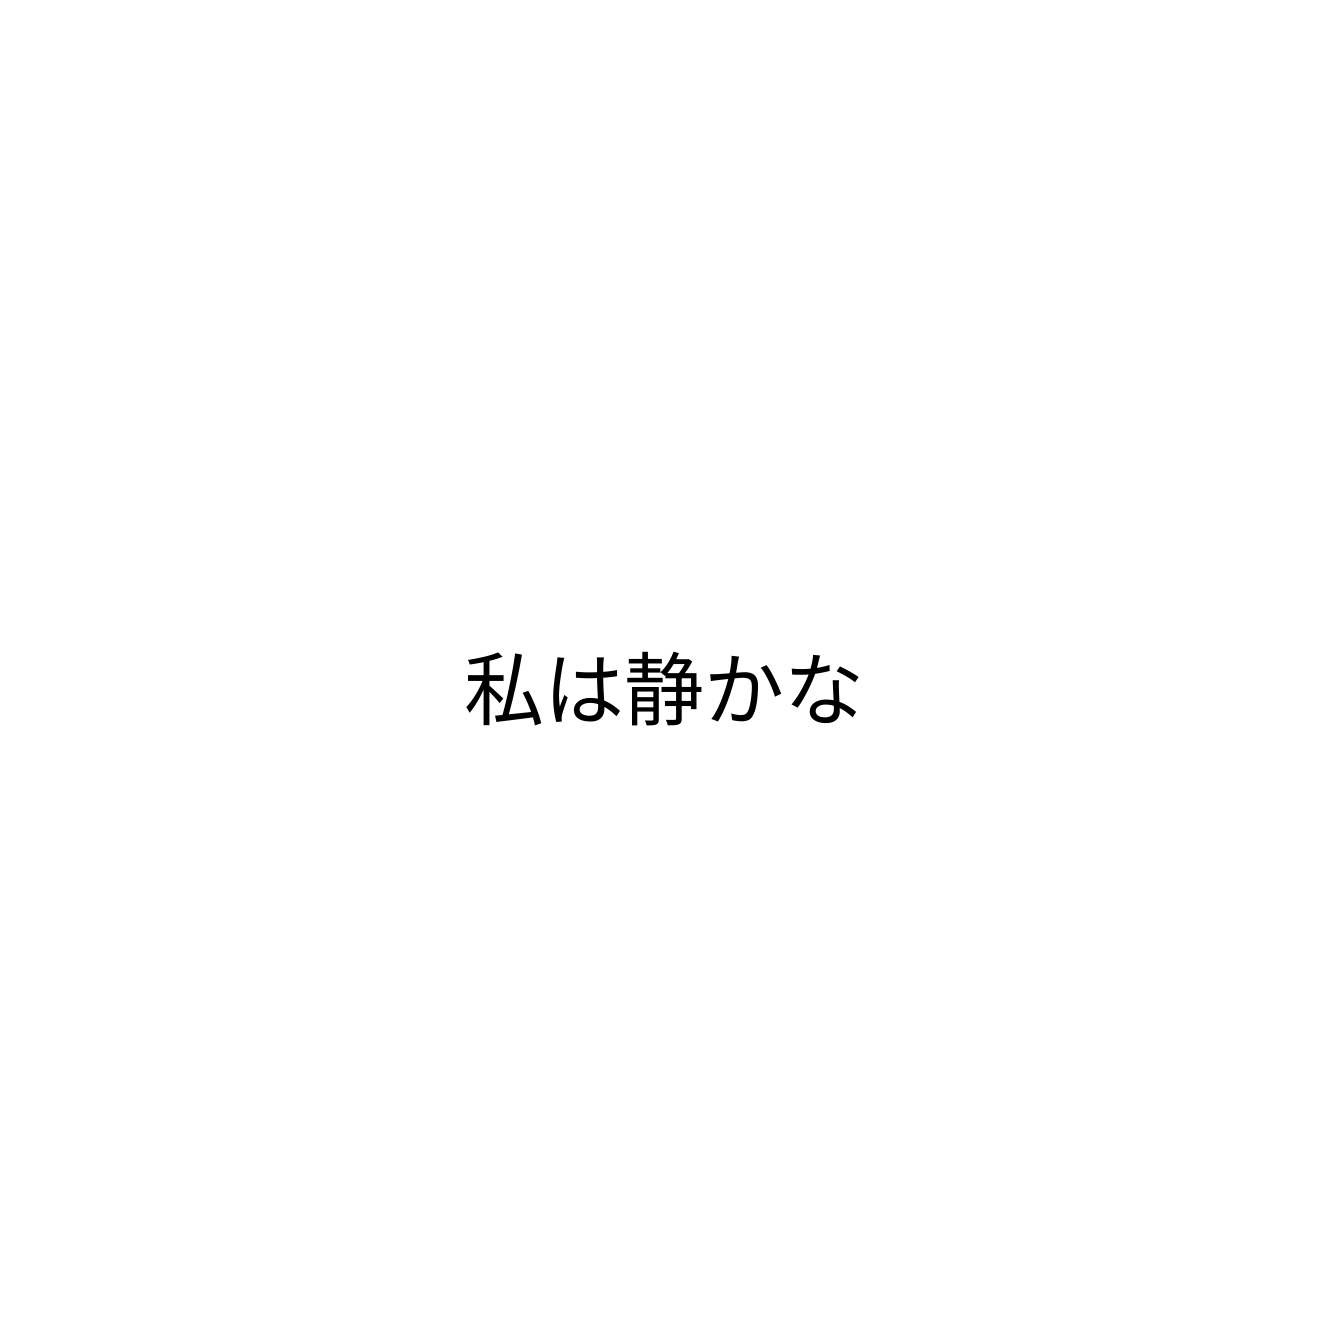
私は静かな